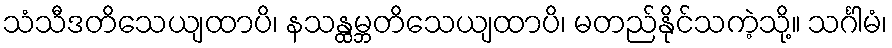
သံသီဒတိသေယျထာပိ၊ နသန္ထမ္ဘတိသေယျထာပိ၊ မတည်နိုင်သကဲ့သို့။ သင်္ဂါမံ၊